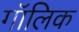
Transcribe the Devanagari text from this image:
गॉलिक